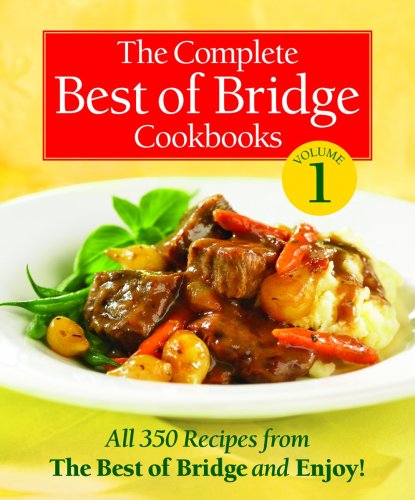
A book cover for The Complete Best of Bridge Cookbooks Volume One (The Best of Bridge); The Editors of Best of Bridge; Cookbooks, Food & Wine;